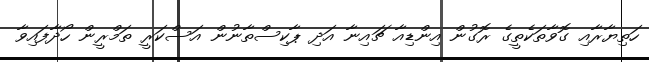
ހަތިޔާރާއި ގޮވާތަކެތީގެ ރޮގުން އިންޑިއާ ޗައިނާ އަދި ޕާކިސްތާނުން އަސްކަރީ ތަމްރީން ހޯދާފައިވާ